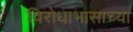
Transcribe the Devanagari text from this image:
विरोधाभासाच्या